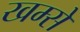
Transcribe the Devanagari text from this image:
खम्से